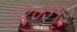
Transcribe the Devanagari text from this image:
३९०३१३